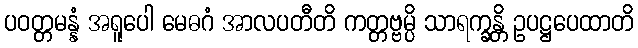
ပဝတ္တမန္နံ အရူပေါ မေဓဂံ အာလပတီတိ ကတ္တဗ္ဗမ္ပိ သာရက္ခန္တိ ဥပဋ္ဌပေထာတိ